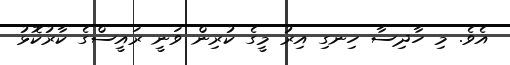
އެވެ. މި ހާދިސާ ހިނގި އިރު މީގެ ކުރިން ވަނީ ރައީސްގެ ކާރުކޮޅު